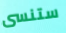
ستنسى